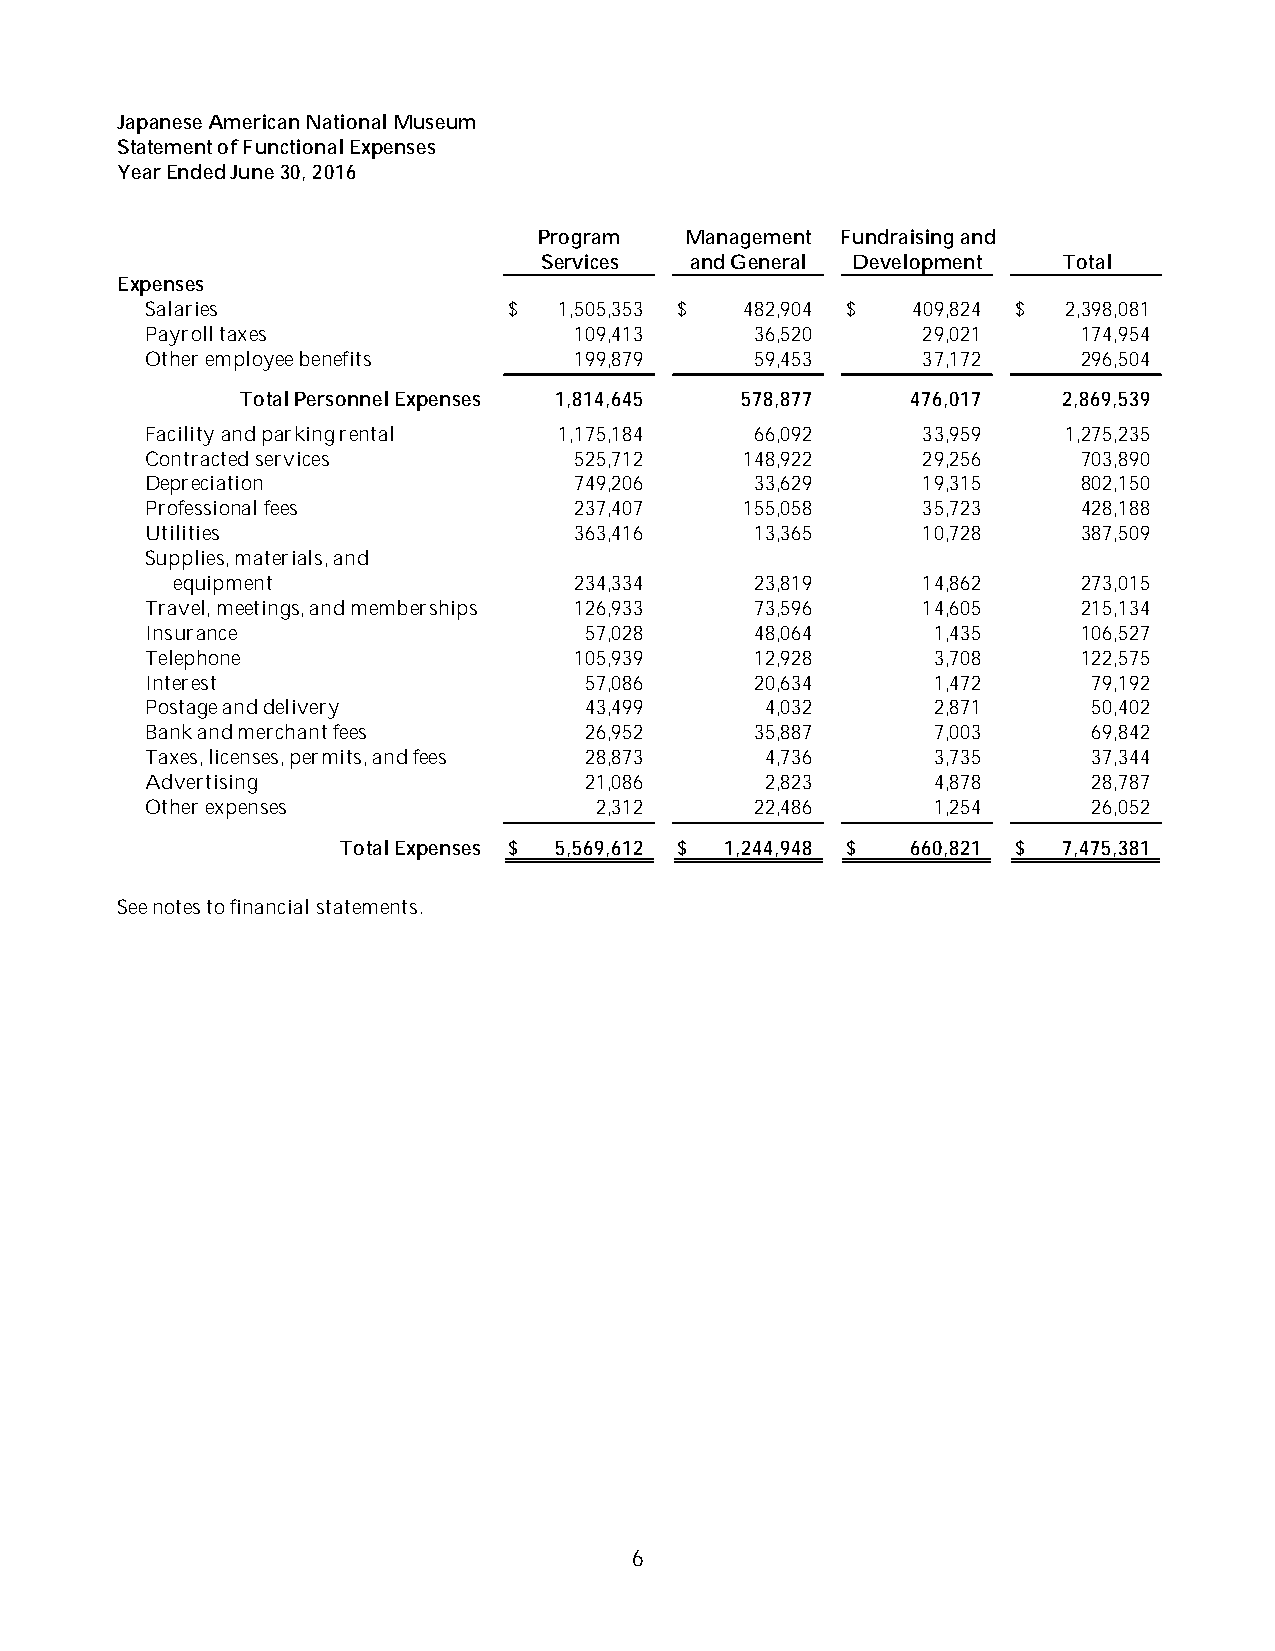
Japanese AmericanNational Museum
 Statement of Functional Expenses
 YearEnded June30, 2016
 Program  Management Fundraising and
 Services  and General Development Total
 Expenses
 Salaries                $  1,505,353 $ 482,904 $  409,824 $ 2,398,081
 Payroll taxes               109,413     36,520     29,021     174,954
 Other employee benefits     199,879     59,453     37,172     296,504
 Total Personnel Expenses 1,814,645 578,877  476,017   2,869,539
 Facility andparkingrental  1,175,184    66,092     33,959   1,275,235
 Contracted services         525,712    148,922     29,256     703,890
 Depreciation                749,206     33,629     19,315     802,150
 Professional fees           237,407    155,058     35,723     428,188
 Utilities                   363,416     13,365     10,728     387,509
 Supplies,materials,and
 equipment                  234,334     23,819     14,862     273,015
 Travel,meetings,andmemberships 126,933  73,596     14,605     215,134
 Insurance                    57,028     48,064      1,435     106,527
 Telephone                   105,939     12,928      3,708     122,575
 Interest                     57,086     20,634      1,472     79,192
 Postage anddelivery          43,499      4,032      2,871     50,402
 Bankandmerchant fees         26,952     35,887      7,003     69,842
 Taxes,licenses,permits,andfees 28,873    4,736      3,735     37,344
 Advertising                  21,086      2,823      4,878     28,787
 Other expenses               2,312      22,486      1,254     26,052
 Total Expenses $ 5,569,612 $ 1,244,948 $ 660,821 $ 7,475,381
 See notestofinancial statements.
 6